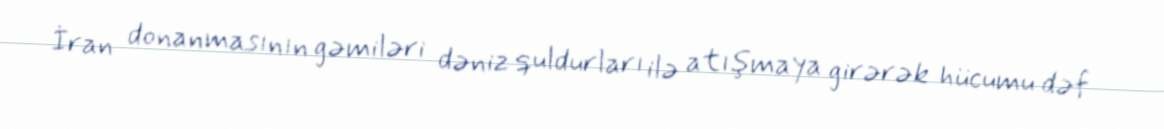
İran donanmasının gəmiləri dəniz quldurları ilə atışmaya girərək hücumu dəf